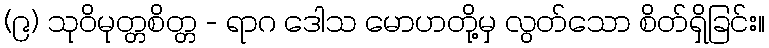
(၉) သုဝိမုတ္တစိတ္တ - ရာဂ ဒေါသ မောဟတို့မှ လွတ်သော စိတ်ရှိခြင်း။